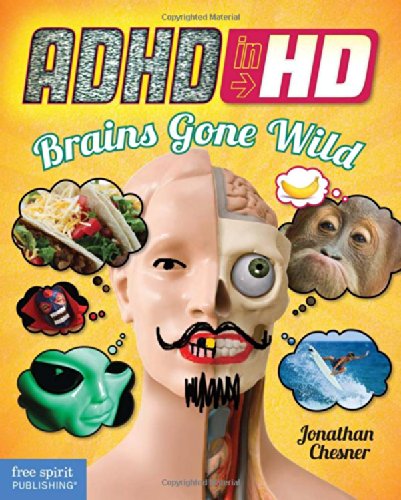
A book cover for ADHD in HD: Brains Gone Wild; Jonathan Chesner; Health, Fitness & Dieting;